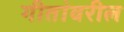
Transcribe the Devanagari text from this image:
गीतांवरील